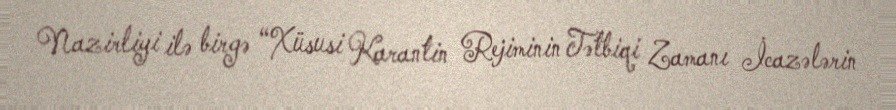
Nazirliyi ilə birgə “Xüsusi Karantin Rejiminin Tətbiqi Zamanı İcazələrin